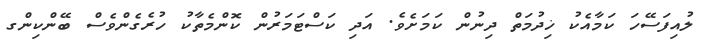
ލުއިފަސޭހަ ކަމާއެކު ޚިދުމަތް ދިނުން ކަމަށެވެ. އަދި ކަސްޓަމަރުން ކޮންމެތާކު ހުރެގެންވެސް ބޭންކިންގ